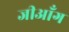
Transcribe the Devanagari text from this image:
जीआँग